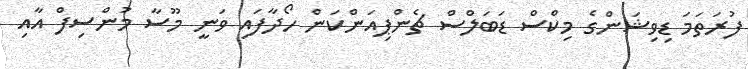
ފުރަތަމަ ޑިވިޝަންގެ މިކްސް ޑަބަލްސް ޗެންޕިއަންކަން ހޯދާފައި ވަނީ މޫސާ މުންސިފް އާއި